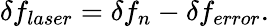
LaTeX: \delta f_{laser}=\delta f_{n}-\delta f_{error}.